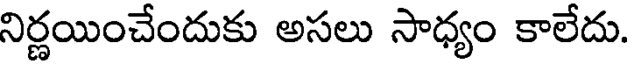
నిర్ణయించేందుకు అసలు సాధ్యం కాలేదు.